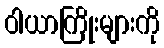
ဝါယာကြိုးများကို